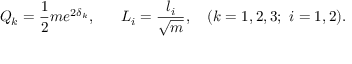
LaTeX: { \cal Q } _ { k } = { \frac { 1 } { 2 } } m e ^ { 2 \delta _ { k } } , \ \ \ \ \ L _ { i } = { \frac { l _ { i } } { \sqrt { m } } } , \ \ \ ( k = 1 , 2 , 3 ; \ i = 1 , 2 ) .